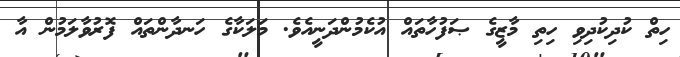
ހިތް ކުދިކުދިވި ހިތި މާޒީގެ ޞަފުހާތައް އުކެމުންދަނީއެވެ. މަލަކާގެ ހަނދާންތައް ފޮރުވާލަމުން އާ